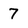
Character: 7